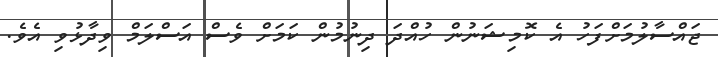
ޖައްސާލުމަށްފަހު އެ ކޮމިޝަނުން ހުއްދަ ދިނުމުން ކަމަށް ވެސް އަސްލަމް ވިދާޅުވި އެވެ.